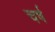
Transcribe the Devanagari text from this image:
चर्ष